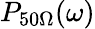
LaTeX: P_{50\Omega}(\omega)